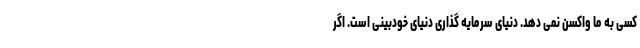
کسی به ما واکسن نمی دهد. دنیای سرمایه گذاری دنیای خودبینی است. اگر